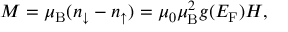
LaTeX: M = \mu _ { \mathrm { B } } ( n _ { \downarrow } - n _ { \uparrow } ) = \mu _ { 0 } \mu _ { \mathrm { B } } ^ { 2 } g ( E _ { \mathrm { F } } ) H ,